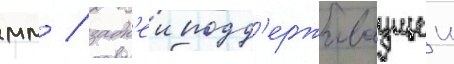
мм / задн'еи подд'ерживаущеи